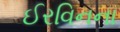
ઈરવિનના